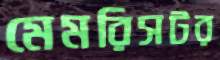
মেমরিসটর